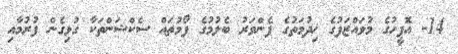
14- އޮފީހުގެ މުވައްޒަފުގެ ޚިދުމަތުގެ ފެންވަރު ބެލުމުގެ ފޯމުތައް ސެކްޝަންތަކާ ގުޅިގެން ފުރުމާއި